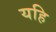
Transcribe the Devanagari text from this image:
यहि